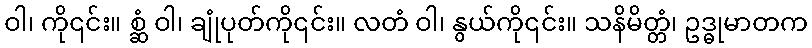
ဝါ၊ ကို၎င်း။ စ္ဆံ ဝါ၊ ချုံပုတ်ကို၎င်း။ လတံ ဝါ၊ နွယ်ကို၎င်း။ သနိမိတ္တံ၊ ဥဒ္ဓုမာတက